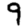
Digit: 9